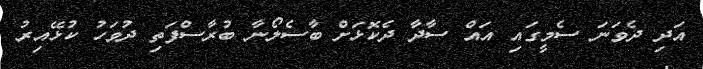
އަދި ދެވަނަ ސެމީގައި އައް ސާދާ ދެކޮޅަށް ބާސެލޯނާ ބުރާސްފަތި ދުވަހު ކުޅޭއިރު